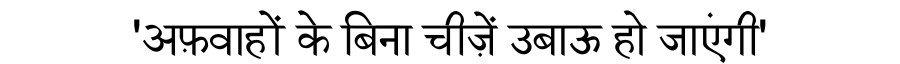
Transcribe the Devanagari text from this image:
'अफ़वाहों के बिना चीज़ें उबाऊ हो जाएंगी'